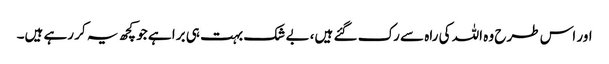
اور اس طرح وہ اللہ کی راہ سے رک گئے ہیں، بے شک بہت ہی برا ہے جو کچھ یہ کر رہے ہیں۔